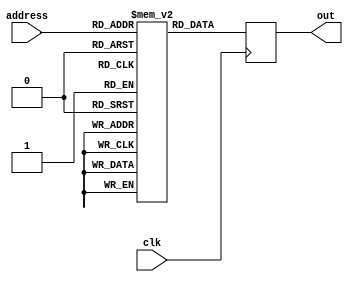
module ROM(address, out, clk);
    input clk;
    output reg [7:0] out;
    input [1:0] address;

    (* romstyle = "M9K" *)(* ram_init_file = "sine.mif" *) reg [7:0] mem [3:0];

    always @(posedge clk) begin
        out = mem[address];
    end

endmodule